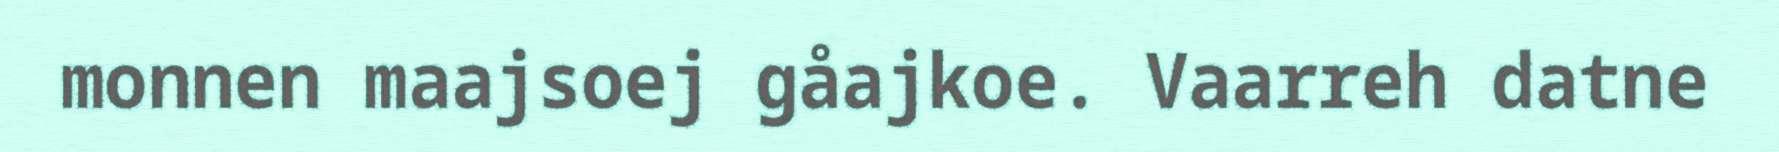
monnen maajsoej gåajkoe. Vaarreh datne